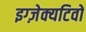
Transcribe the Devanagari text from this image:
इग्ज़ेक्यटिवों